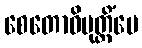
စေတောဝိမုတ္တိံပေ